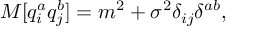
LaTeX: M [ q _ { i } ^ { a } q _ { j } ^ { b } ] = m ^ { 2 } + \sigma ^ { 2 } \delta _ { i j } \delta ^ { a b } ,